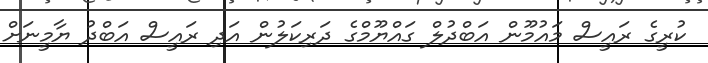
ކުރީގެ ރައީސް މައުމޫން އަބްދުލް ގައްޔޫމްގެ ދަރިކަލުން އަދި ރައީސް އަބްދު ޔާމީނަށް